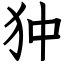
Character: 狆